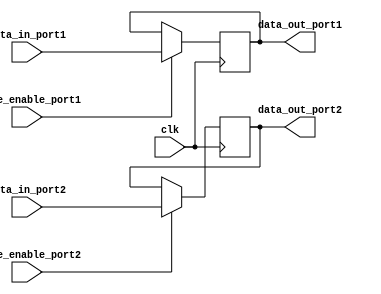
module dual_port_register (
    input wire clk,
    input wire [7:0] data_in_port1,
    input wire [7:0] data_in_port2,
    input wire write_enable_port1,
    input wire write_enable_port2,
    output reg [7:0] data_out_port1,
    output reg [7:0] data_out_port2
);

reg [7:0] storage_reg_port1;
reg [7:0] storage_reg_port2;

always @(posedge clk) begin
    if (write_enable_port1) begin
        storage_reg_port1 <= data_in_port1;
    end
    if (write_enable_port2) begin
        storage_reg_port2 <= data_in_port2;
    end
end

assign data_out_port1 = storage_reg_port1;
assign data_out_port2 = storage_reg_port2;

endmodule